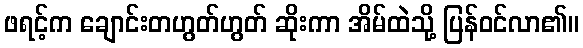
ဖရင့်က ချောင်းတဟွတ်ဟွတ် ဆိုးကာ အိမ်ထဲသို့ ပြန်ဝင်လာ၏။